Haapsalu_Metskond, lk 35
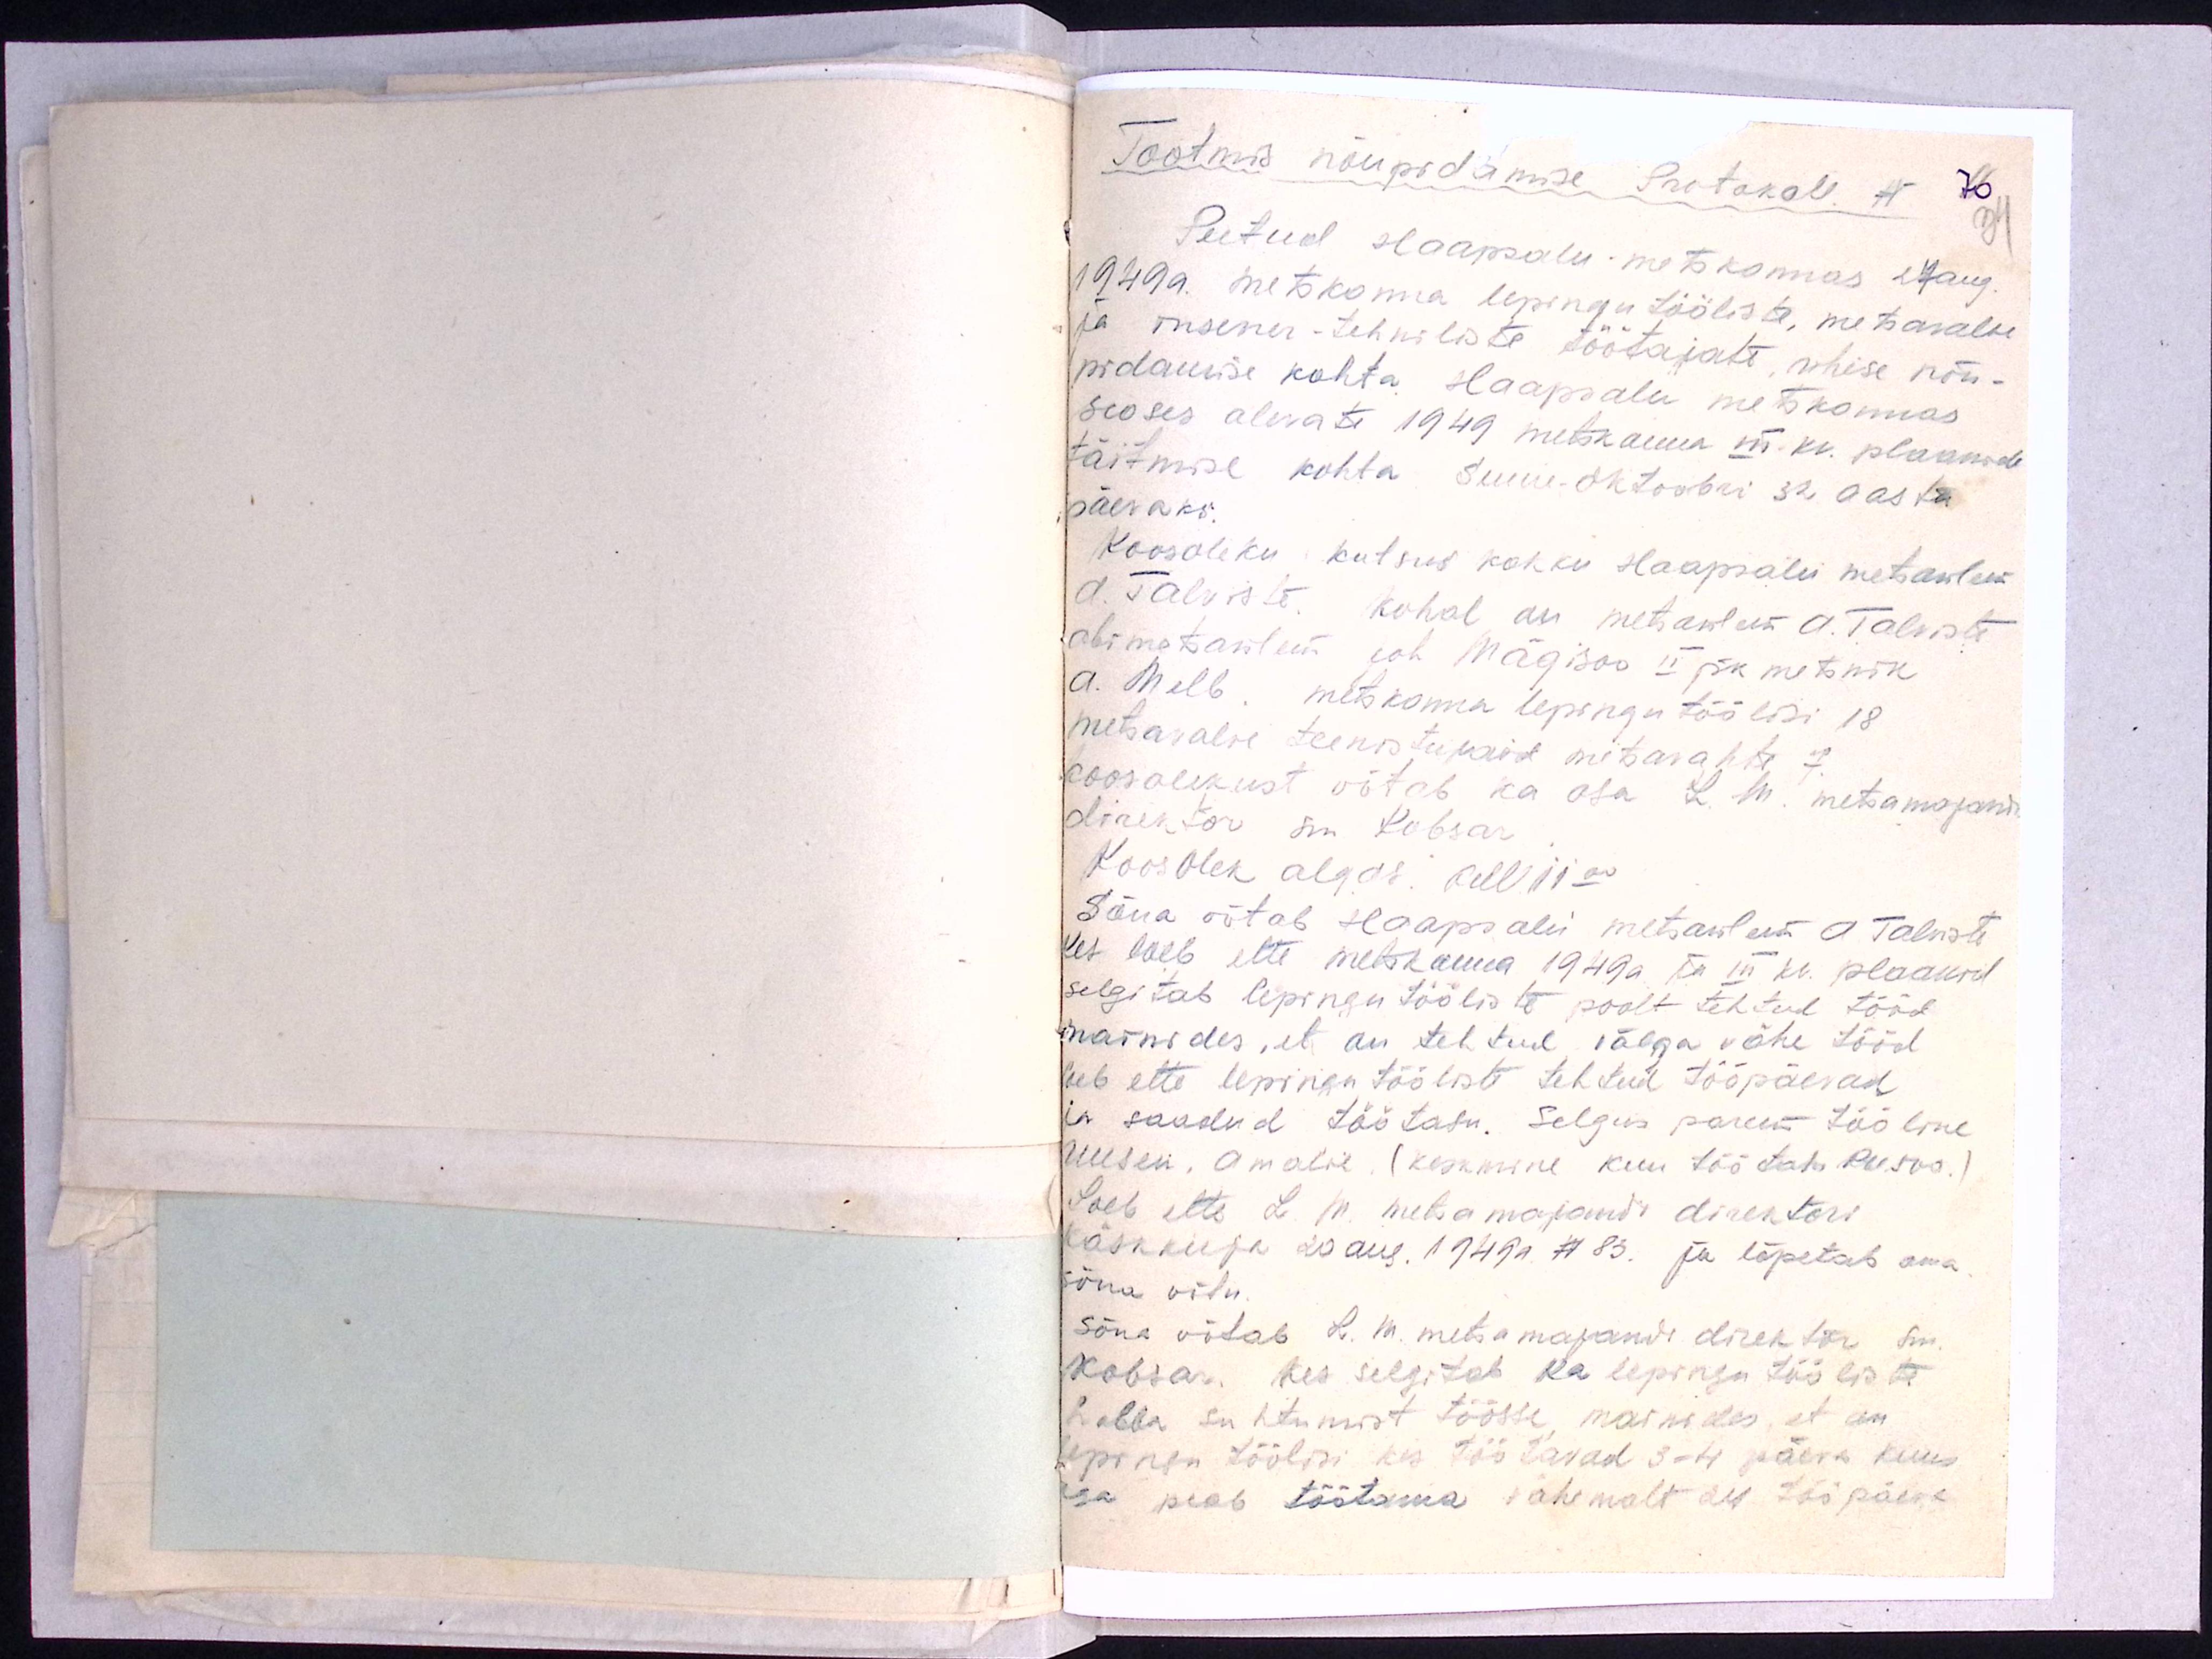
Tootmis nõupidamise Protokoll. No.
70
34
Peetud Haapsalu metskonnas 27aug.
1949a. metskonna lepingu tööliste, metsavalve
ja insener-tehniliste töötajate uhise nõu-
pidamise kohta Haapsalu metskonnas
seoses alevate 1949 metskonna III. kv. plaanide
täitmise kohta Suure-Oktoobri 32 aasta
päevaks.
Koosoleku kutsus kokku Haapsalu metsaülem
A. Talviste. kohal on metsaülem A. Talviste
abimetsaülem Joh Mägisoo II pk metsnik
A. Melb. metskonna lepingu töölisi 18
metsavalve teenistujaid metsavahte 7.
koosolekust võtab ka osa L. M. metsamajandi
direktor sm. Kobsar
Koosolek algas kell 11.00
Sõna võtab Haapsalu metsaülem A Talviste
kes loeb ette metskonna 1949 a ja III kv. plaanid
selgitab lepingu tööliste poolt tehtud tööd
mainides, et on tehtud väega vähe tööd
loeb ette lepingu tööliste tehtud tööpäevad
ja saadud töötasu. Selgus parem tööline
Uusen, Amalie, (keskmine kuu töötasu Rbl. 500.)
Loeb ette L. M. metsamajandi direktori
käskkirja 20 aug. 1949a. N83. ja lõpetab oma
sõna võtu.
Sõna võtab L. M. metsamajandi direktor sm.
Kobsar. Kes selgitab ka lepingu tööliste
halba suhtumist töösse, mainides, et on
lepingu töölisi, kes töötavad 3-4 päeva kuus
aga peab töötama vähemalt 24 tööpäeva